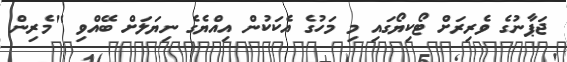
ޖަޕާނުގެ ވެރިރަށް ޓޯކިޔޯގައި މި މަހުގެ އެކަކުން އިއްޔެގެ ނިޔަލަށް ބޭއްވި "މެރިން